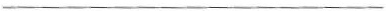
___